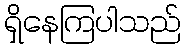
ရှိနေကြပါသည်